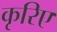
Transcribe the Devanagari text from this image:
कृरिए